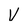
Character: V